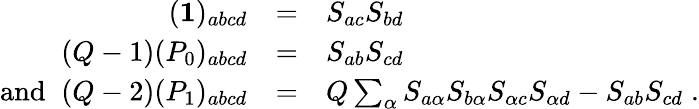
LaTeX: \begin{array}{rcl}{{({\mathbf 1})_{abcd}}}&{{=}}&{{S_{ac}S_{bd}}}\\ {{(Q-1)(P_{0})_{abcd}}}&{{=}}&{{S_{ab}S_{cd}}}\\ {{\mathrm{and\; \; }(Q-2)(P_{1})_{abcd}}}&{{=}}&{{Q\sum_{\alpha}S_{a\alpha}S_{b\alpha}S_{\alpha c}S_{\alpha d}-S_{ab}S_{cd}\; .}}\end{array}